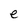
Character: e